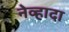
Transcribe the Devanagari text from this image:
नेव्हादा